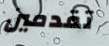
تقدمين